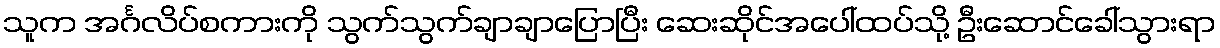
သူက အင်္ဂလိပ်စကားကို သွက်သွက်ချာချာပြောပြီး ဆေးဆိုင်အပေါ်ထပ်သို့ ဦးဆောင်ခေါ်သွားရာ